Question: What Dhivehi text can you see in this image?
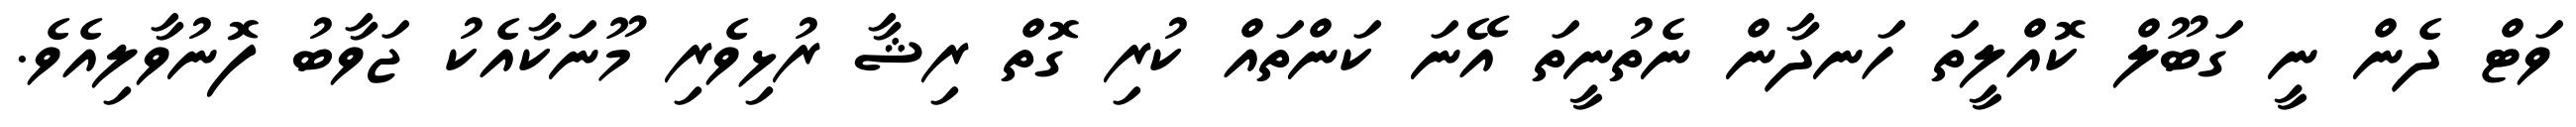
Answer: ވަޓް ދެން ނީ ގަބޫލް ކޮއްލީތަ ހަނދާން ނެތުނީތަ އޭނަ ކަންތައް ކުރި ގޮތް ރިޝާ ރުޅިވެރި މޫނަކާއެކު ޖަވާބު ފޮނުވާލިއެވެ.